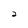
Character: 2